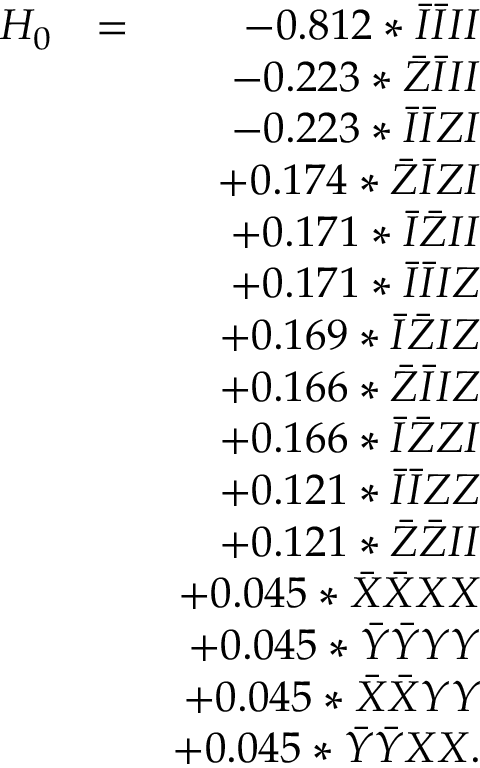
\begin{array} { r l r } { H _ { 0 } } & { = } & { - 0 . 8 1 2 * \bar { I } \bar { I } I I } \\ & { } & { - 0 . 2 2 3 * \bar { Z } \bar { I } I I } \\ & { } & { - 0 . 2 2 3 * \bar { I } \bar { I } Z I } \\ & { } & { + 0 . 1 7 4 * \bar { Z } \bar { I } Z I } \\ & { } & { + 0 . 1 7 1 * \bar { I } \bar { Z } I I } \\ & { } & { + 0 . 1 7 1 * \bar { I } \bar { I } I Z } \\ & { } & { + 0 . 1 6 9 * \bar { I } \bar { Z } I Z } \\ & { } & { + 0 . 1 6 6 * \bar { Z } \bar { I } I Z } \\ & { } & { + 0 . 1 6 6 * \bar { I } \bar { Z } Z I } \\ & { } & { + 0 . 1 2 1 * \bar { I } \bar { I } Z Z } \\ & { } & { + 0 . 1 2 1 * \bar { Z } \bar { Z } I I } \\ & { } & { + 0 . 0 4 5 * \bar { X } \bar { X } X X } \\ & { } & { + 0 . 0 4 5 * \bar { Y } \bar { Y } Y Y } \\ & { } & { + 0 . 0 4 5 * \bar { X } \bar { X } Y Y } \\ & { } & { + 0 . 0 4 5 * \bar { Y } \bar { Y } X X . } \end{array}